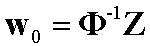
$\mathbf{w}_{0}=\boldsymbol{\Phi}^{-1}\mathbf{Z}$